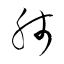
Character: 肺